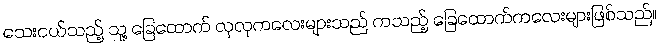
သေးငယ်သည့် သူ့ ခြေထောက် လှလှကလေးများသည် ကသည့် ခြေထောက်ကလေးများဖြစ်သည်။